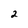
Character: 2